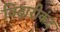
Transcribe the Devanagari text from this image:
विदारीकंद